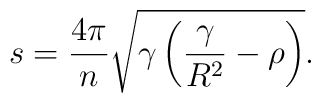
s=\frac{4\pi }{n}\sqrt{\gamma\left(\frac{\gamma}{R^2}-\rho \right)}.